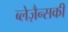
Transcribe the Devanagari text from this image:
ब्लेज़ैन्सकी